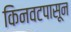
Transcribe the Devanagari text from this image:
किनवटपासून